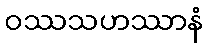
ဝဿသဟဿာနံ